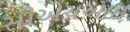
સીએચઆઇ